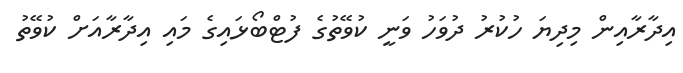
އިދާރާއިން މިދިޔަ ހުކުރު ދުވަހު ވަނީ ކުވޭތުގެ ފުޓްބޯޅައިގެ މައި އިދާރާއަށް ކުވޭތު